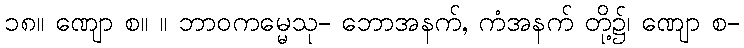
၁၈။ ဏျော စ။ ။ ဘာဝကမ္မေသု- ဘောအနက်, ကံအနက် တို့၌၊ ဏျော စ-